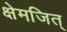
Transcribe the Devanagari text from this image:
क्षेमजित्